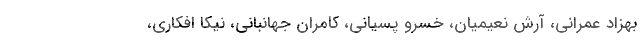
بهزاد عمرانی، آرش نعیمیان، خسرو ‌پسیانی، کامران جهانبانی، نیکا افکاری،